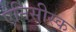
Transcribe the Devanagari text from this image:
एनिसीस्क